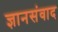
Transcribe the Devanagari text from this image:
ज्ञानसंवाद